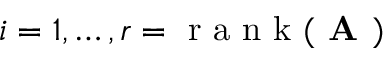
i = 1 , \dots , r = \mathrm { ~ r ~ a ~ n ~ k ~ } ( \textbf { A } )